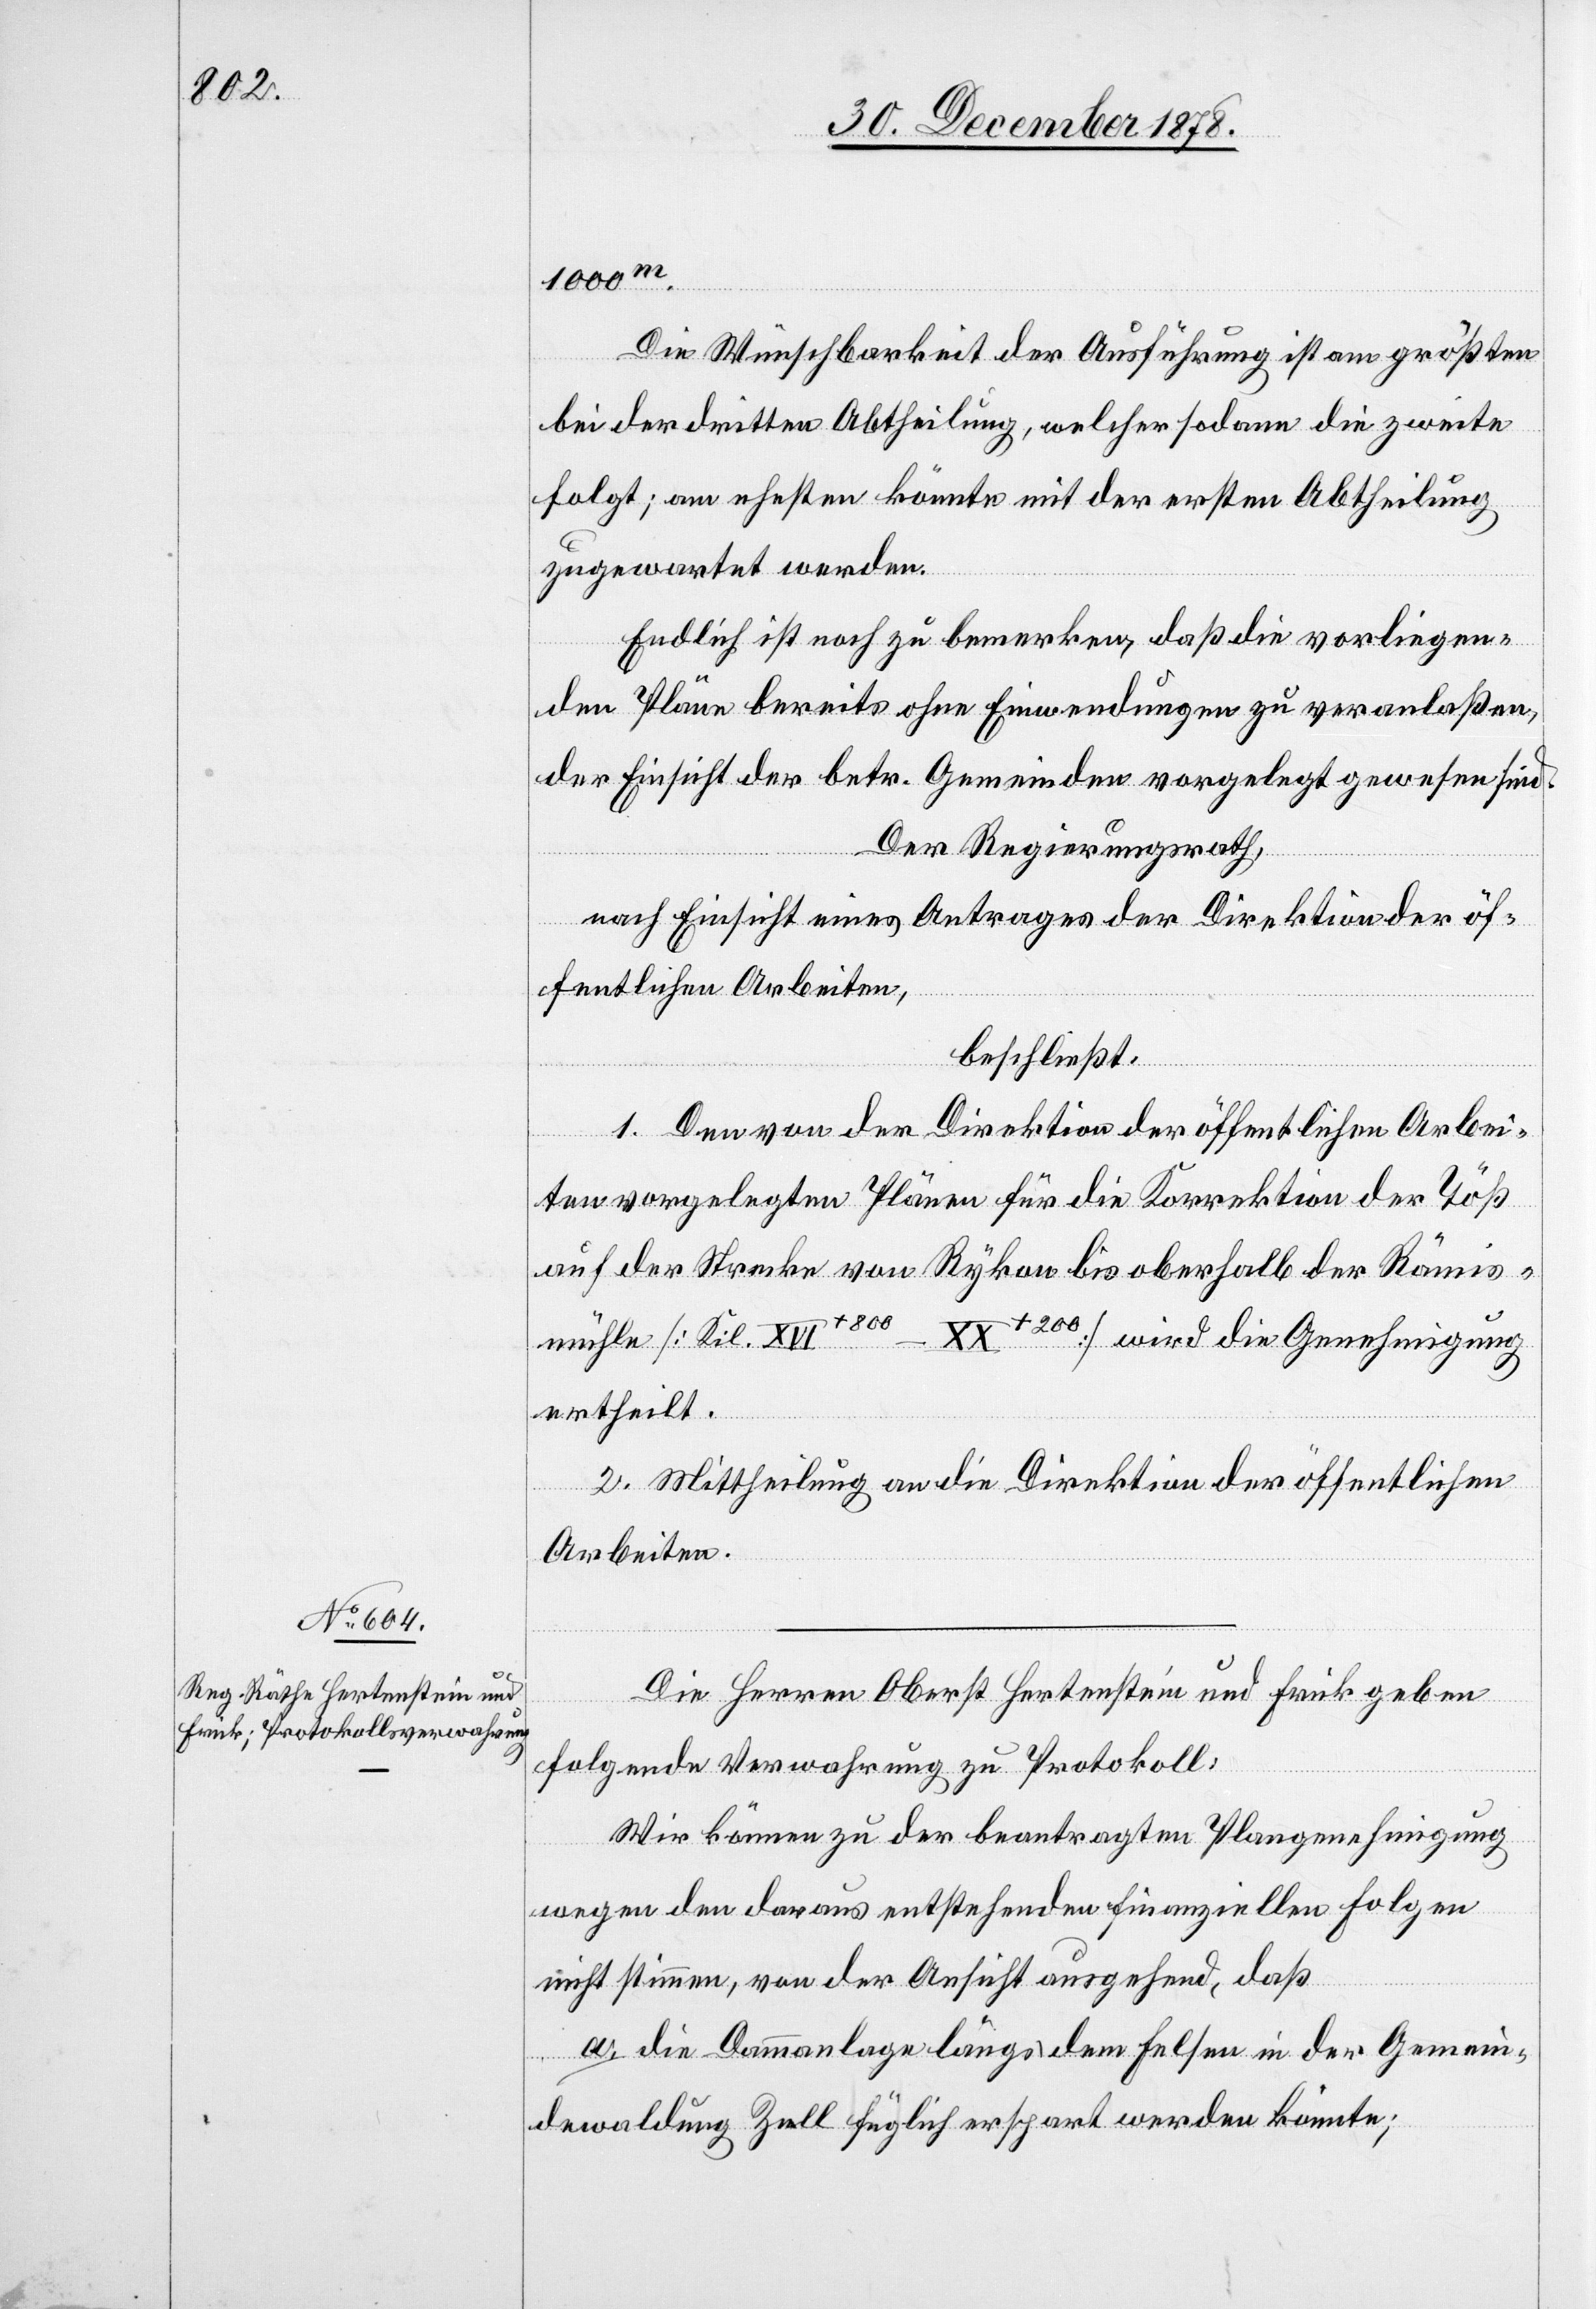
1000m.
Die Wünschbarkeit der Ausführung ist am größten
bei der dritten Abtheilung, welcher sodann die zweite
folgt; am ehesten könnte mit der ersten Abtheilung
zugewartet werden.
Endlich ist noch zu bemerken, daß die vorliegen¬
den Pläne bereits ohne Einwendungen zu veranlaßen,
der Einsicht der betr. Gemeinden vorgelegt gewesen sind.
Der Regierungsrath,
nach Einsicht eines Antrages der Direktion der öf¬
fentlichen Arbeiten,
beschließt:
1. Den von der Direktion der öffentlichen Arbei¬
ten vorgelegten Plänen für die Korrektion der Töß
auf der Strecke von Rykon bis oberhalb der Rämis¬
mühle [Kil. XVI+800 – XX+200] wird die Genehmigung
ertheilt.
2. Mittheilung an die Direktion der öffentlichen
Arbeiten.
Die Herren Oberst Hertenstein und Frick geben
folgende Verwahrung zu Protokoll:
Wir können zu der beantragten Plangenehmigung
wegen den daraus entstehenden finanziellen Folgen
nicht stimmen, von der Ansicht ausgehend, daß
a. die Dammanlage längs dem Felsen in der Gemein¬
dewaldung Zell füglich erspart werden könnte;